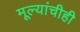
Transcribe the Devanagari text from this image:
मूल्यांचीही